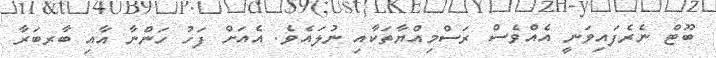
ބޫޓް ނެރެފައިވަނީ އެއްވެސް ރަސްމިއްޔާތަކާއި ނުލައެވެ. އެއަށް ފަހު ހަންނާ އާއި ބާރބަރާ